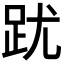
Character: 𲃘